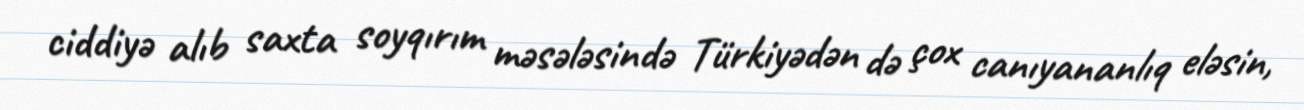
ciddiyə alıb saxta soyqırım məsələsində Türkiyədən də çox canıyananlıq eləsin,